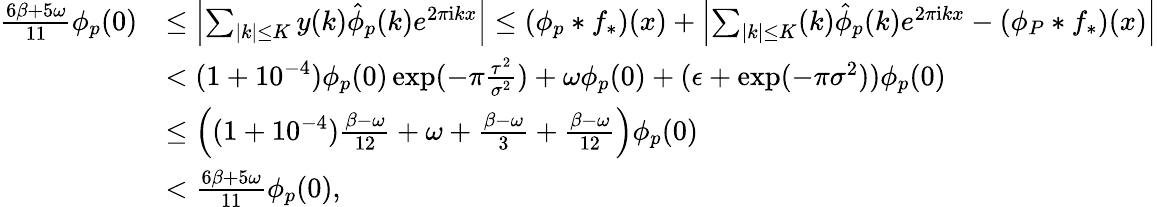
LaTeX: \begin{array}{rl}{\frac{6\beta+5\omega}{11}\phi_{p}(0)}&{\le\left|\sum_{|k|\le K}y(k)\hat{\phi}_{p}(k)e^{2\pi\mathrm{i}kx}\right|\le(\phi_{p}*f_{*})(x)+\left|\sum_{|k|\le K}(k)\hat{\phi}_{p}(k)e^{2\pi\mathrm{i}kx}-(\phi_{P}*f_{*})(x)\right|}\\ &{<(1+10^{-4})\phi_{p}(0)\exp(-\pi\frac{\tau^{2}}{\sigma^{2}})+\omega\phi_{p}(0)+(\epsilon+\exp(-\pi\sigma^{2}))\phi_{p}(0)}\\ &{\le\left((1+10^{-4})\frac{\beta-\omega}{12}+\omega+\frac{\beta-\omega}{3}+\frac{\beta-\omega}{12}\right)\phi_{p}(0)}\\ &{<\frac{6\beta+5\omega}{11}\phi_{p}(0),}\end{array}